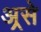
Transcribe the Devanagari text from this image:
अ्रसे